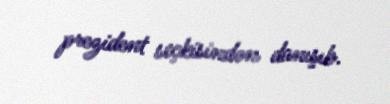
prezident seçkisindən danışıb.